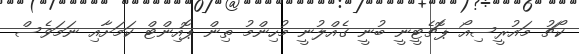
ކޯޗު މައުރީސިއޯ ޕޮޗެޓީނީ ބުނީ ގެއްލުނީ މުހިންމު ތިން ޕޮއިންޓް ކަމަށާއި ނަމަވެސް